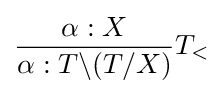
{\dfrac {\alpha :X}{\alpha :T\backslash (T/X)}}T_{<}